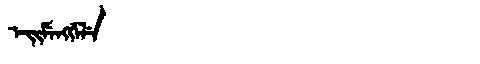
Manchu: ᡝᡳᠮᡝᠩᡤᡝᠯᡝ
Romanization: EIMENGGELE